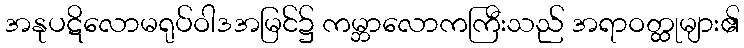
အနုပဋိလောမရုပ်ဝါဒအမြင်၌ ကမ္ဘာလောကကြီးသည် အရာဝတ္ထုများ၏